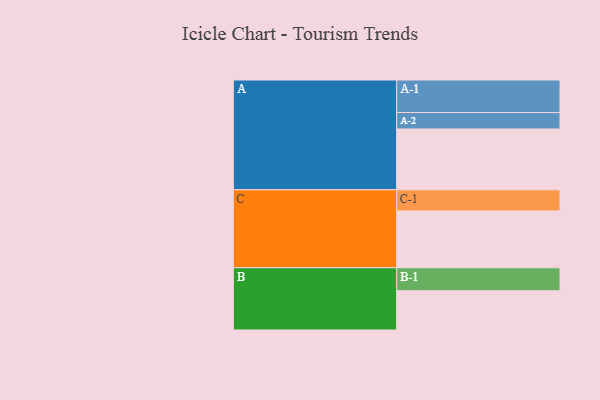
{"axis": {"x": "Segment", "y": "Value"}, "legend": ["", "A", "B", "C"], "data": [{"x": "A", "y": 528, "type": ""}, {"x": "B", "y": 341, "type": ""}, {"x": "C", "y": 494, "type": ""}, {"x": "A-1", "y": 283, "type": "A"}, {"x": "A-2", "y": 143, "type": "A"}, {"x": "B-1", "y": 200, "type": "B"}, {"x": "C-1", "y": 184, "type": "C"}]}